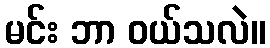
မင်း ဘာ ဝယ်သလဲ။